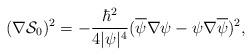
LaTeX: \begin{align*}(\nabla\mathcal{S}_0)^2=-{\hbar^2\over4|\psi|^4}(\overline \psi\nabla\psi -\psi\nabla\overline\psi)^2,\end{align*}